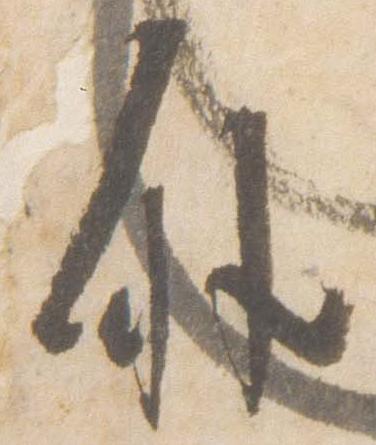
外